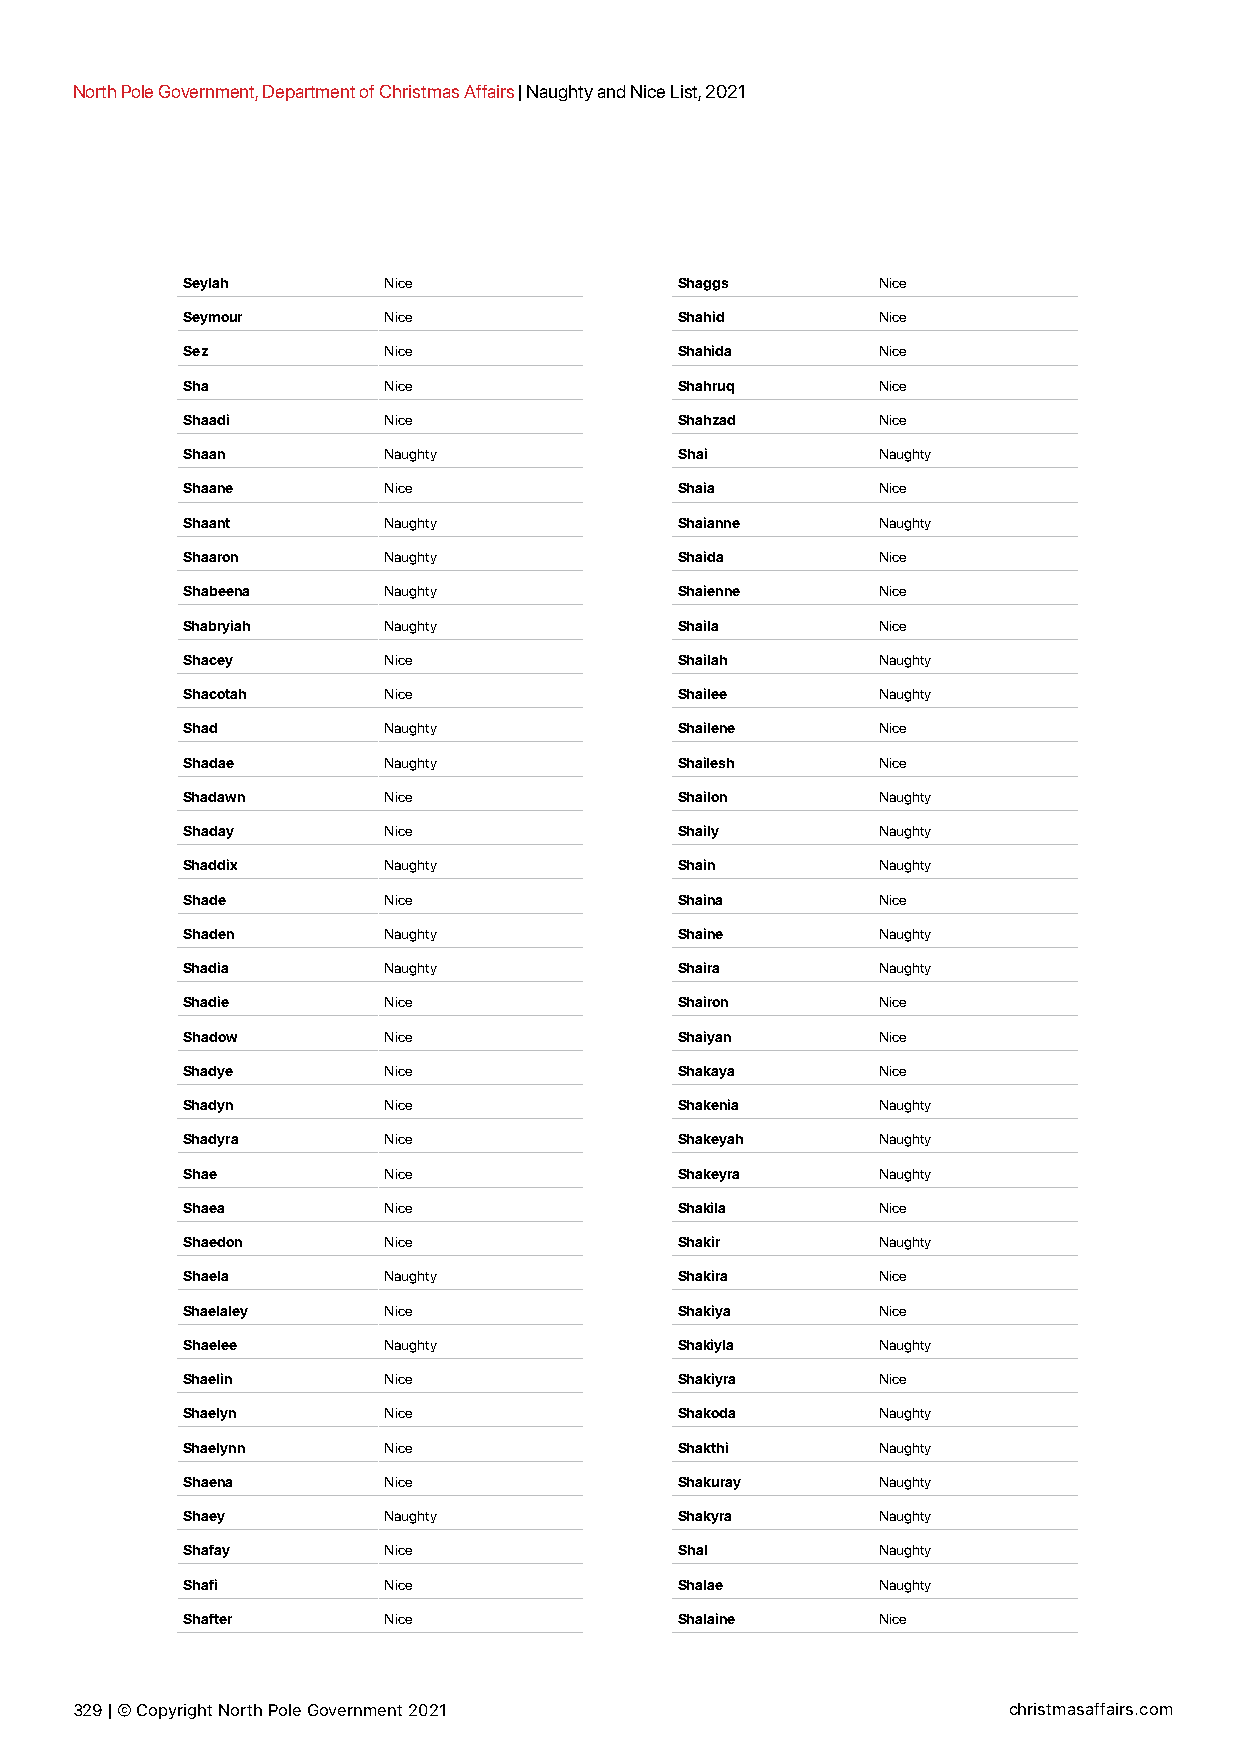
North Pole Government, Department of Christmas Affairs | Naughty and Nice List, 2021
 Seylah       Nice                Shaggs       Nice
 Seymour      Nice                Shahid       Nice
 Sez          Nice                Shahida      Nice
 Sha          Nice                Shahruq      Nice
 Shaadi       Nice                Shahzad      Nice
 Shaan        Naughty             Shai         Naughty
 Shaane       Nice                Shaia        Nice
 Shaant       Naughty             Shaianne     Naughty
 Shaaron      Naughty             Shaida       Nice
 Shabeena     Naughty             Shaienne     Nice
 Shabryiah    Naughty             Shaila       Nice
 Shacey       Nice                Shailah      Naughty
 Shacotah     Nice                Shailee      Naughty
 Shad         Naughty             Shailene     Nice
 Shadae       Naughty             Shailesh     Nice
 Shadawn      Nice                Shailon      Naughty
 Shaday       Nice                Shaily       Naughty
 Shaddix      Naughty             Shain        Naughty
 Shade        Nice                Shaina       Nice
 Shaden       Naughty             Shaine       Naughty
 Shadia       Naughty             Shaira       Naughty
 Shadie       Nice                Shairon      Nice
 Shadow       Nice                Shaiyan      Nice
 Shadye       Nice                Shakaya      Nice
 Shadyn       Nice                Shakenia     Naughty
 Shadyra      Nice                Shakeyah     Naughty
 Shae         Nice                Shakeyra     Naughty
 Shaea        Nice                Shakila      Nice
 Shaedon      Nice                Shakir       Naughty
 Shaela       Naughty             Shakira      Nice
 Shaelaley    Nice                Shakiya      Nice
 Shaelee      Naughty             Shakiyla     Naughty
 Shaelin      Nice                Shakiyra     Nice
 Shaelyn      Nice                Shakoda      Naughty
 Shaelynn     Nice                Shakthi      Naughty
 Shaena       Nice                Shakuray     Naughty
 Shaey        Naughty             Shakyra      Naughty
 Shafay       Nice                Shal         Naughty
 Shafi        Nice                Shalae       Naughty
 Shafter      Nice                Shalaine     Nice
 329 | © Copyright North Pole Government 2021                  christmasaffairs.com